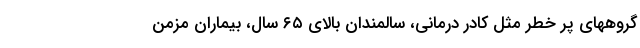
گروههای پر خطر مثل کادر درمانی، سالمندان بالای ۶۵ سال، بیماران مزمن